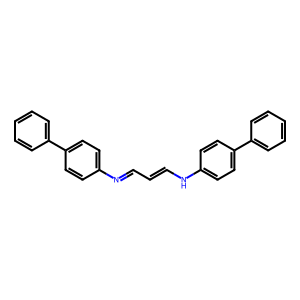
SMILES: C(=CNc1ccc(-c2ccccc2)cc1)C=Nc1ccc(-c2ccccc2)cc1
Inhibits HIV replication: No